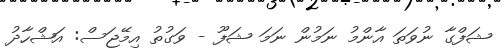
ޝަފްގާ ނުވަތަ އާންމު ނަމުން ނަމަ ޝަފޫ - ވަގުތު އިމޭޖަސް: އަޝްހާދު